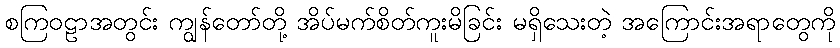
စကြဝဠာအတွင်း ကျွန်တော်တို့ အိပ်မက်စိတ်ကူးမိခြင်း မရှိသေးတဲ့ အကြောင်းအရာတွေကို